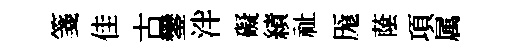
箋佳古鑾泮礙績祉厖䕃項属